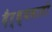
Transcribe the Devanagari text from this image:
दैर्ध्यवाली